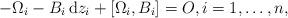
LaTeX: \begin{align*} -\Omega_i-B_i\,{\rm d}z_i+[\Omega_i,B_i]=O,i=1,\dots,n, \end{align*}